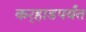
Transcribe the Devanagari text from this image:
कर्‍हाडपर्यंत